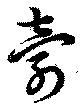
壽